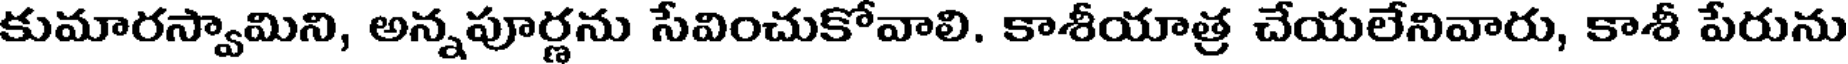
కుమారస్వామిని, అన్నపూర్ణను సేవించుకోవాలి. కాశీయాత్ర చేయలేనివారు, కాశీ పేరును